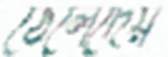
ঠেলেদেয়